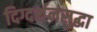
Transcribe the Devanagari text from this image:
दिग्दर्शनसुद्धा